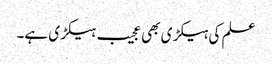
علم کی ہیکڑی بھی عجیب ہیکڑی ہے۔